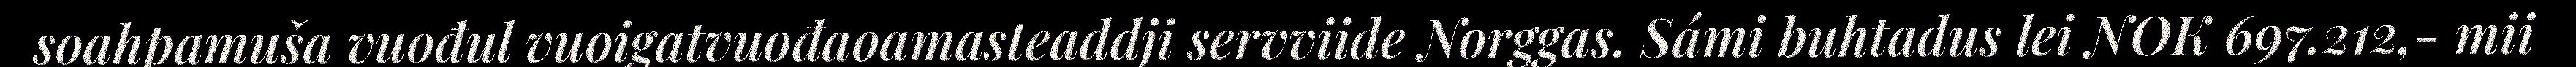
soahpamuša vuođul vuoigatvuođaoamasteaddji servviide Norggas. Sámi buhtadus lei NOK 697.212,- mii